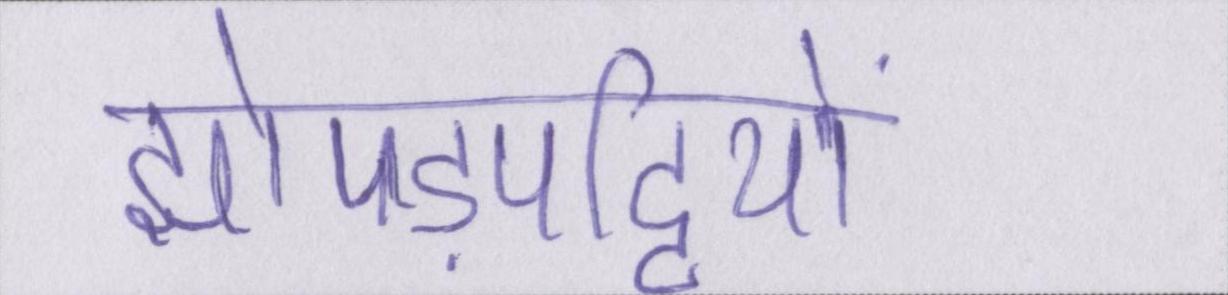
झोपड़पट्टियों